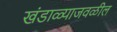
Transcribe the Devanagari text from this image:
खंडाळ्याजवळील